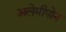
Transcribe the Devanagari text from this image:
अलेमीपोन